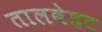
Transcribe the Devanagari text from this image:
तालबेहट